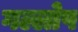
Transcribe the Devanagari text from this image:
गल्लोप